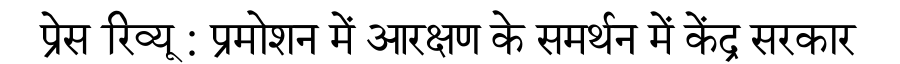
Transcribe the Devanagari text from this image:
प्रेस रिव्यू : प्रमोशन में आरक्षण के समर्थन में केंद्र सरकार